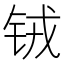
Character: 𮸄